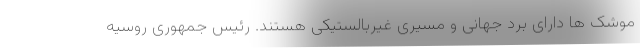
موشک ها دارای برد جهانی و مسیری غیربالستیکی هستند. رئیس جمهوری روسیه